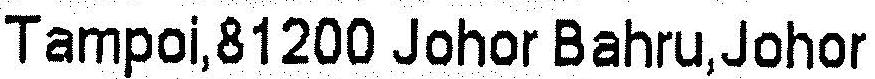
TAMPOI,81200 JOHOR BAHRU,JOHOR